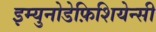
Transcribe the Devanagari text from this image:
इम्युनोडेफ़िशियेन्सी